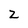
Character: Z